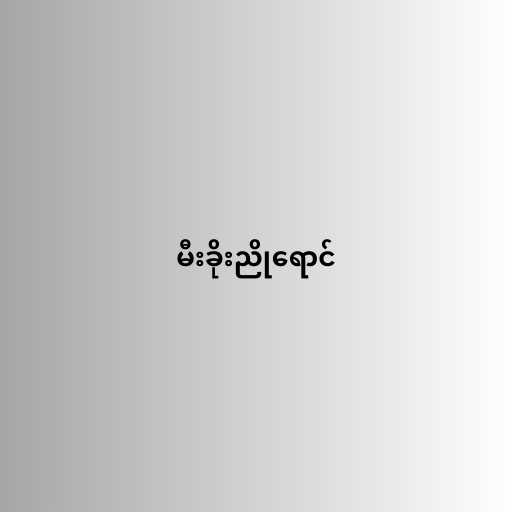
မီးခိုးညိုရောင်